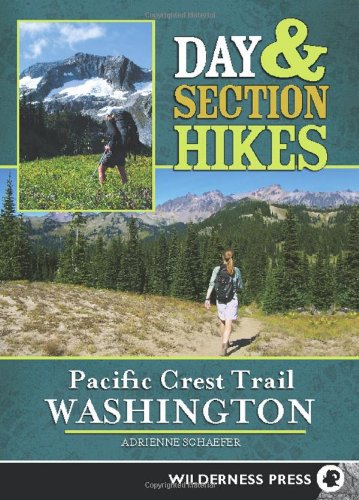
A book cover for Day & Section Hikes Pacific Crest Trail: Washington; Adrienne Schaefer; Health, Fitness & Dieting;